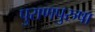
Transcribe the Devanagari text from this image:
पुराणपुरुषा